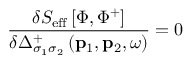
\frac { \delta S _ { \mathrm { e f f } } \left[ \Phi , \Phi ^ { + } \right] } { \delta \Delta _ { \sigma _ { 1 } \sigma _ { 2 } } ^ { + } \left( \mathbf { p } _ { 1 } , \mathbf { p } _ { 2 } , \omega \right) } = 0